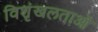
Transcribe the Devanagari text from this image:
विशृंखलताओं